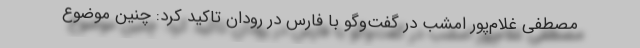
مصطفی غلام‌پور امشب در گفت‌وگو با فارس در رودان تاکید کرد: چنین موضوع